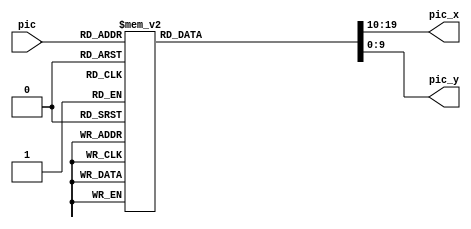
module scan_control(pic, pic_x, pic_y);
	input [3:0] pic;
	output reg [9:0] pic_x, pic_y;
	
	always @*
		case (pic)
			4'b0001 : {pic_x, pic_y} = {10'd0, 10'd0};  //tetris 1
			4'b0010 : {pic_x, pic_y} = {10'd0, 10'd30};  //tetris 2
			4'b0011 : {pic_x, pic_y} = {10'd0, 10'd60};  //tetris 3
			4'b0100 : {pic_x, pic_y} = {10'd0, 10'd90};  //tetris 4
			4'b0101 : {pic_x, pic_y} = {10'd0, 10'd120};  //tetris 5
			4'b0110 : {pic_x, pic_y} = {10'd0, 10'd150};  //tetris 6
			4'b0111 : {pic_x, pic_y} = {10'd0, 10'd180};  //tetris 7
			4'b1001 : {pic_x, pic_y} = {10'd290, 10'd0}; //Game Over
			4'b1010 : {pic_x, pic_y} = {10'd290, 10'd50}; //Instruction
			4'b1011 : {pic_x, pic_y} = {10'd290, 10'd190}; //Sponge Bob
			default : {pic_x, pic_y} = {10'd0, 10'd320};  //4'b0000 white
		endcase
endmodule